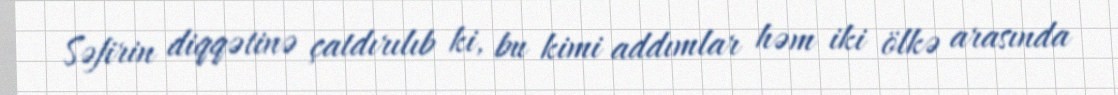
Səfirin diqqətinə çatdırılıb ki, bu kimi addımlar həm iki ölkə arasında